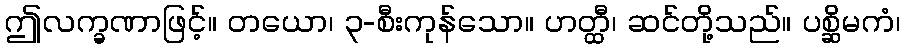
ဤလက္ခဏာဖြင့်။ တယော၊ ၃-စီးကုန်သော။ ဟတ္ထီ၊ ဆင်တို့သည်။ ပစ္ဆိမကံ၊